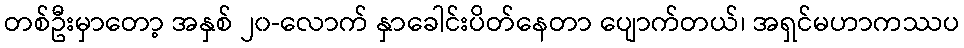
တစ်ဦးမှာတော့ အနှစ် ၂၀-လောက် နှာခေါင်းပိတ်နေတာ ပျောက်တယ်၊ အရှင်မဟာကဿပ